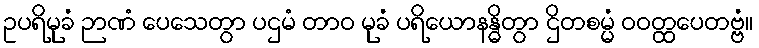
ဥပရိမုခံ ဉာဏံ ပေသေတွာ ပဌမံ တာဝ မုခံ ပရိယောနန္ဓိတွာ ဌိတစမ္မံ ဝဝတ္ထပေတဗ္ဗံ။